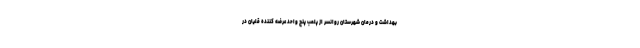
بهداشت و درمان شهرستان روانسر از پلمب پنج واحد عرضه کننده قلیان در